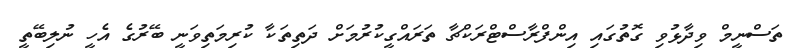
ތަސްނީމް ވިދާޅުވި ގޮތުގައި އިންފްރާސްޓްރަކްޗާ ތަރައްގީކުރުމަށް ދަތިތަކާ ކުރިމަތިވަނީ ބޭރުގެ އެހީ ނުލިބޭތީ